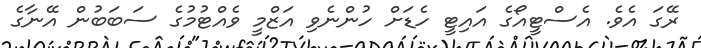
ރޭގަ އެވެ. އެސްޓީއޯގެ އައިޓީ ހެޑަށް ހުންނެވި އަޒްމީ ވެއްޓުމުގެ ސަބަބުން އޭނާގެ